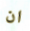
ان